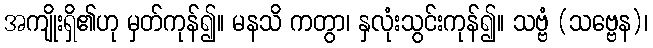
အကျိုးရှိ၏ဟု မှတ်ကုန်၍။ မနသိ ကတွာ၊ နှလုံးသွင်းကုန်၍။ သဗ္ဗံ (သဗ္ဗေန)၊